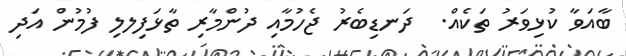
ބާއަވާ ކުޅިވަރު ތަކެއް.  ދަނޑިބެރު ޖެހުމާއި ދުންމާރި ތާޅަފިލލި ފުމުން އަދި